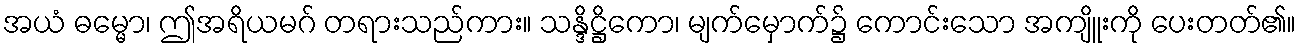
အယံ ဓမ္မော၊ ဤအရိယမဂ် တရားသည်ကား။ သန္ဒိဋ္ဌိကော၊ မျက်မှောက်၌ ကောင်းသော အကျိူးကို ပေးတတ်၏။